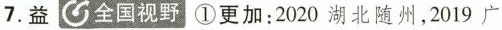
7.益全国视野①更加：2020湖北随州，2019广